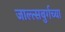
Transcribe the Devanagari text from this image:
जाल्त्सबुर्गच्या